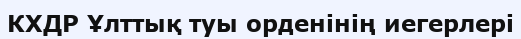
КХДР Ұлттық туы орденінің иегерлері